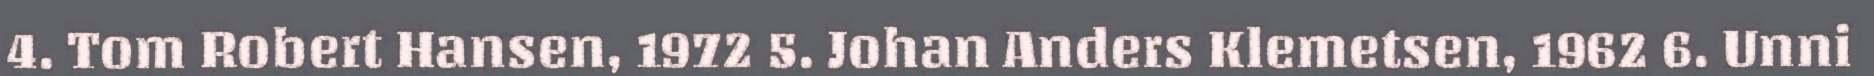
4. Tom Robert Hansen, 1972 5. Johan Anders Klemetsen, 1962 6. Unni